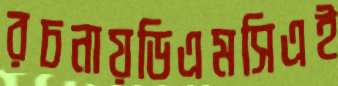
রচনায়ডিএমসিএই